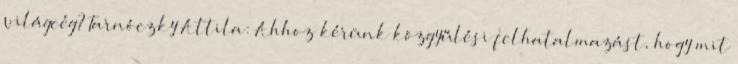
világcég? Tarnóczky Attila: Ahhoz kérünk közgyűlési felhatalmazást, hogy mit